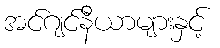
အင်ဂျင်နီယာများနှင့်